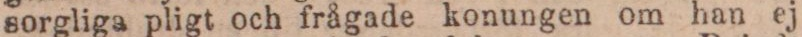
sorgliga pligt och frågade konungen om han ej